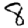
Digit: 8